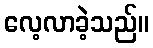
လေ့လာခဲ့သည်။